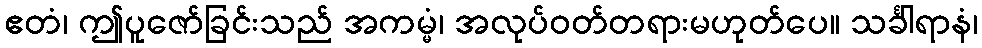
ဧတံ၊ ဤပူဇော်ခြင်းသည် အကမ္မံ၊ အလုပ်ဝတ်တရားမဟုတ်ပေ။ သင်္ခါရာနံ၊